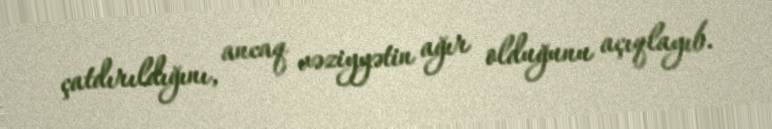
çatdırıldığını, ancaq vəziyyətin ağır olduğunu açıqlayıb.